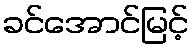
ခင်အောင်မြင့်